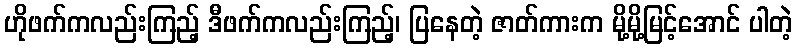
ဟိုဖက်ကလည်းကြည့် ဒီဖက်ကလည်းကြည့်၊ ပြနေတဲ့ ဇာတ်ကားက မို့မို့မြင့်အောင် ပါတဲ့